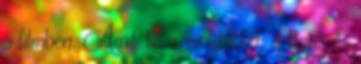
a filmben. Amit te is említettél; a tigris és